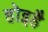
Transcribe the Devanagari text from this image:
होइहै